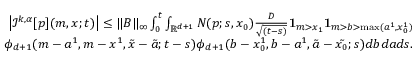
\begin{array} { r } { \left| { \mathcal I } ^ { k , \alpha } [ p ] ( m , x ; t ) \right| \leq \| B \| _ { \infty } \int _ { 0 } ^ { t } \int _ { { \mathbb R } ^ { d + 1 } } N ( p ; s , x _ { 0 } ) \frac { D } { \sqrt { ( t - s ) } } { \mathbf 1 } _ { m > x _ { 1 } } { \mathbf 1 } _ { m > b > \operatorname* { m a x } ( a ^ { 1 } , x _ { 0 } ^ { 1 } ) } } \\ { ~ ~ ~ ~ ~ ~ \phi _ { d + 1 } ( m - a ^ { 1 } , m - x ^ { 1 } , \tilde { x } - \tilde { a } ; t - s ) \phi _ { d + 1 } ( b - x _ { 0 } ^ { 1 } , b - a ^ { 1 } , \tilde { a } - \tilde { x _ { 0 } } ; s ) d b d a d s . } \end{array}